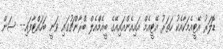
ޑޮލަރު އޭޓީއެމަކާއެކު ހަތަރު އޭޓީއެމް އައިއެންއައިއޭގެ ބީއެމްއެލް ބްރާންޗުގައި ވަނީ ބަހައްޓާފައި-- ސަން